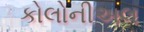
કોલોનીઅલ